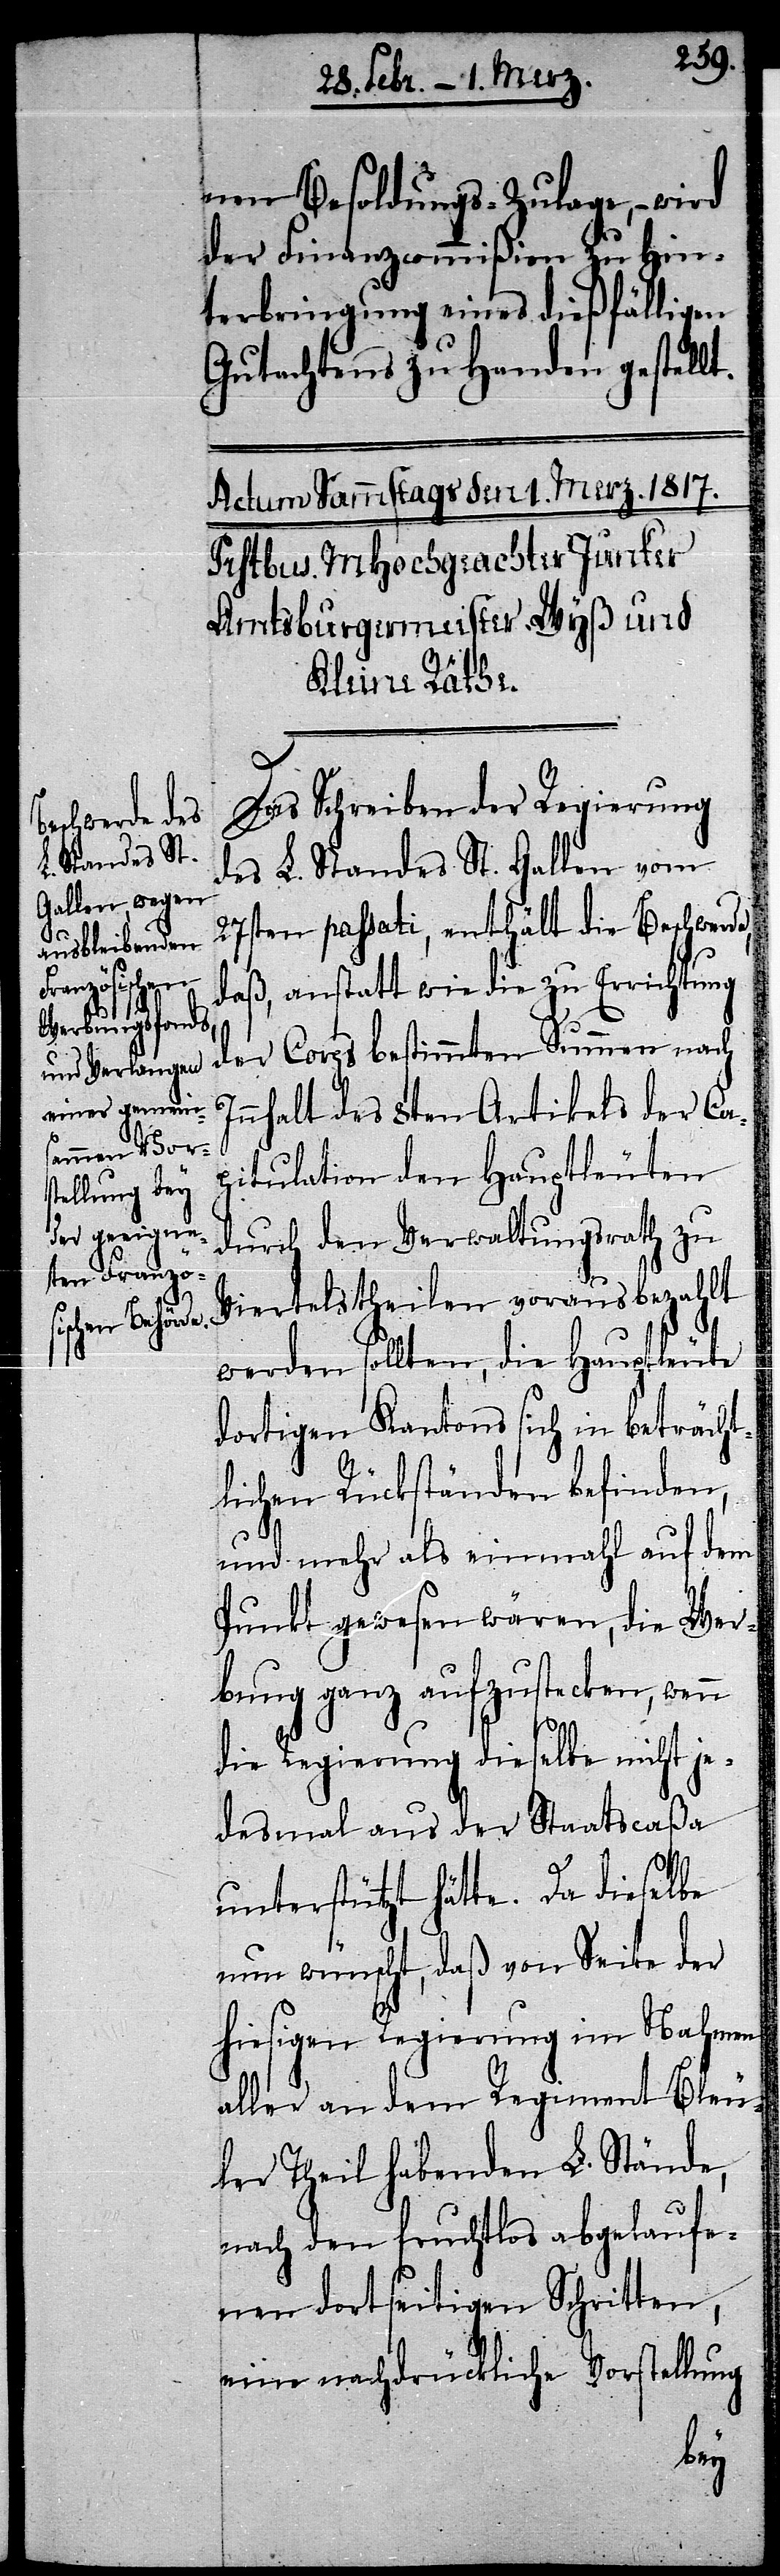
nen Besoldungs-Zulage, – wird
der Finanzcommißion zu Hin¬
terbringung eines dießfälligen
Gutachtens zu Handen gestellt.
Das Schreiben der Regierung
des L. Standes St. Gallen vom
27sten passati, enthält die Beschwerd¬
daß, anstatt wie die zu Errichtung
der Corps bestimmten Summen nach
Inhalt des 8ten Artikels der Ca¬
pitulation den Hauptleuten
durch den Verwaltungsrath zu
Viertelstheilen vorausbezahlt
werden sollten, die Hauptleute
dortigen Kantons sich in beträcht¬
lichen Rückständen befinden,
und mehr als einmahl auf dem
Punkt gewesen wären, die Wer¬
bung ganz aufzustecken, wenn
die Regierung dieselbe nicht je¬
desmal aus der Staatscaßa
unterstützt hätte. Da dieselbe
nun wünscht, daß von Seite der
hiesigen Regierung im Nahmen
aller an dem Regiment Bleu¬
ler Theil habenden L. Stände,
nach den fruchtlos abgelaufe¬
nen dortseitigen Schritten,
eine nachdrückliche Vorstellung
e,